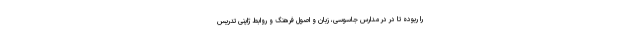
را ربوده تا در در مدارس جاسوسی، زبان و اصول فرهنگ و روابط ژاپنی تدریس